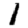
Digit: 1